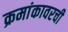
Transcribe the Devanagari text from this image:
क्रमांकावरची